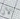
الآن